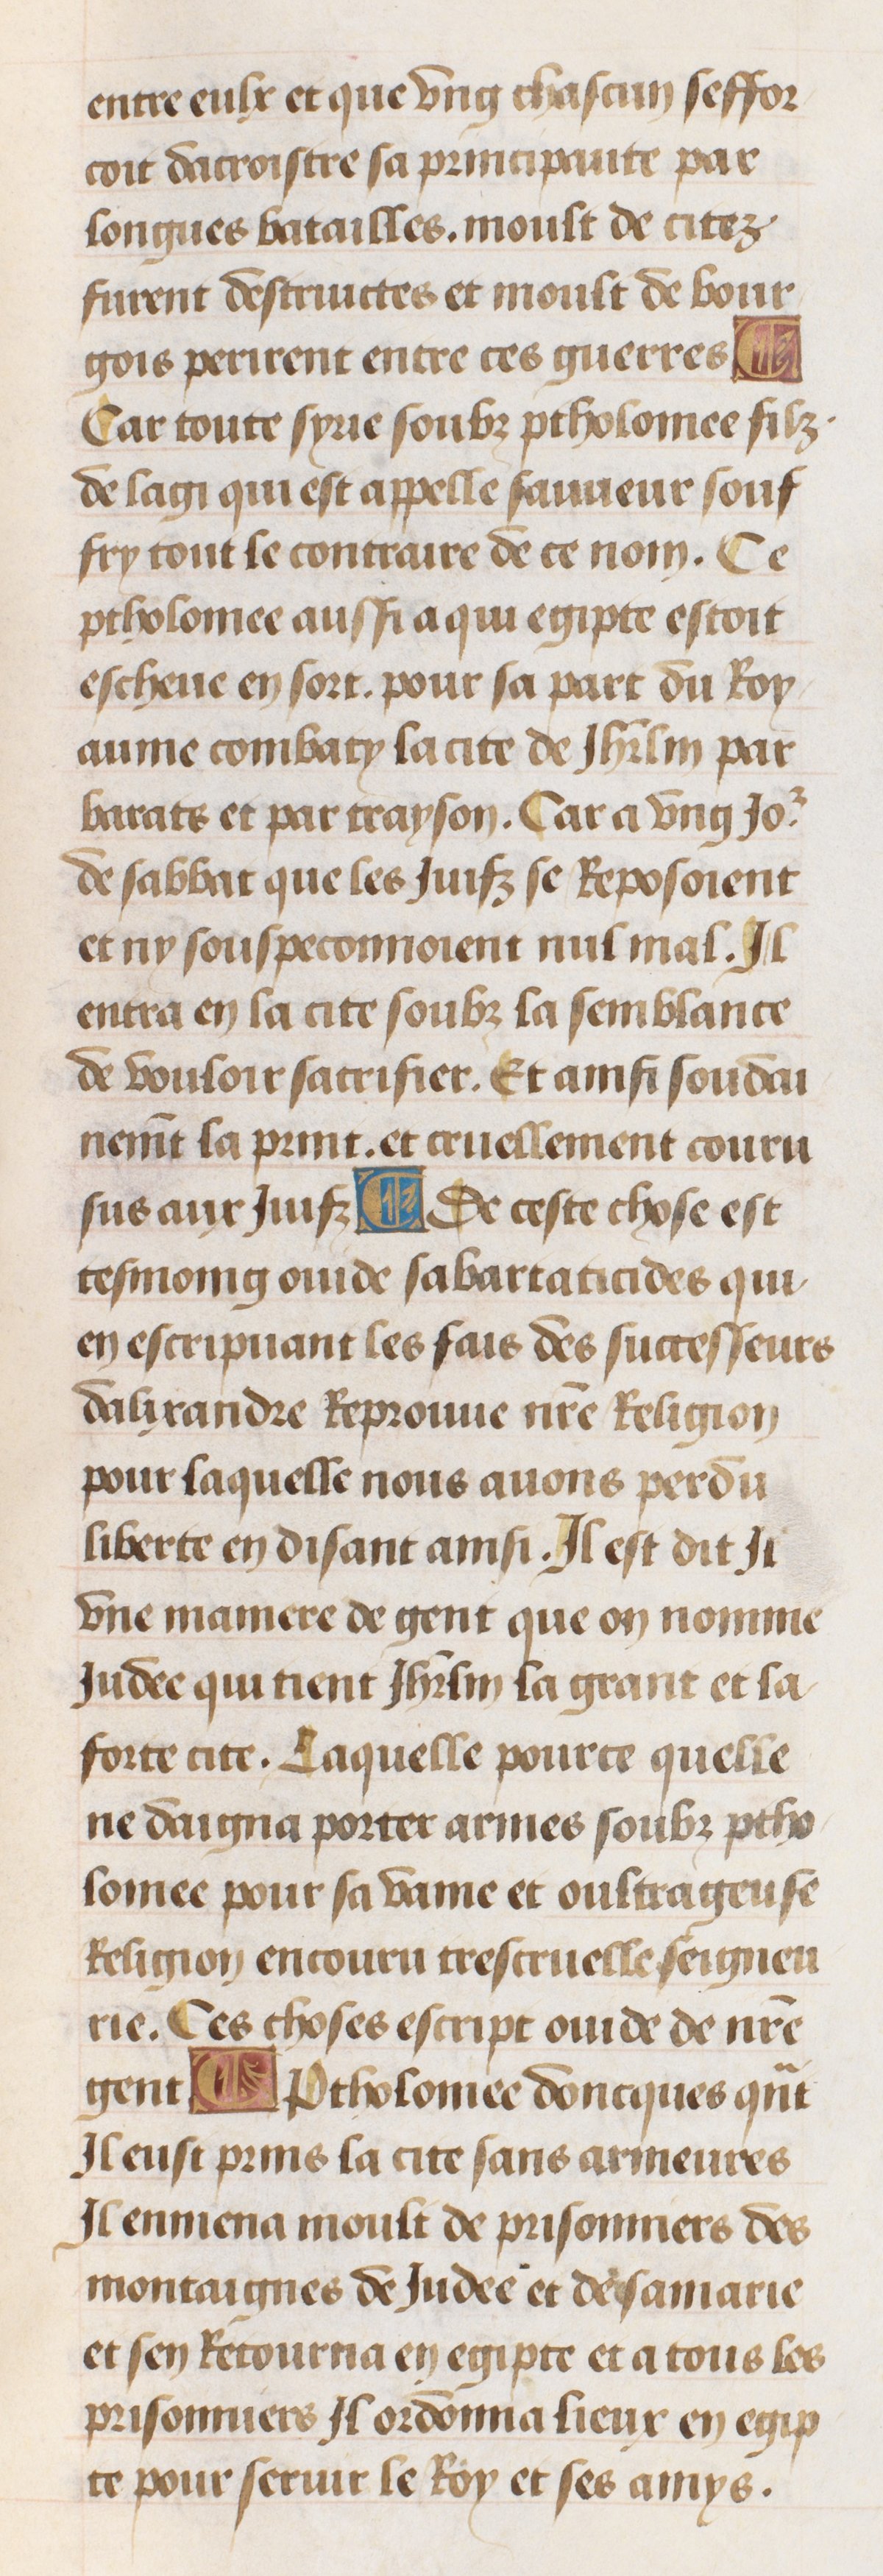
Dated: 1470–1499